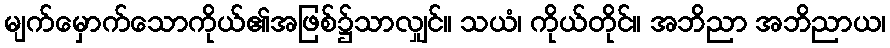
မျက်မှောက်သောကိုယ်၏အဖြစ်၌သာလျှင်။ သယံ၊ ကိုယ်တိုင်။ အဘိညာ အဘိညာယ၊